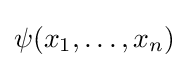
\psi (x_{1},\ldots ,x_{n})